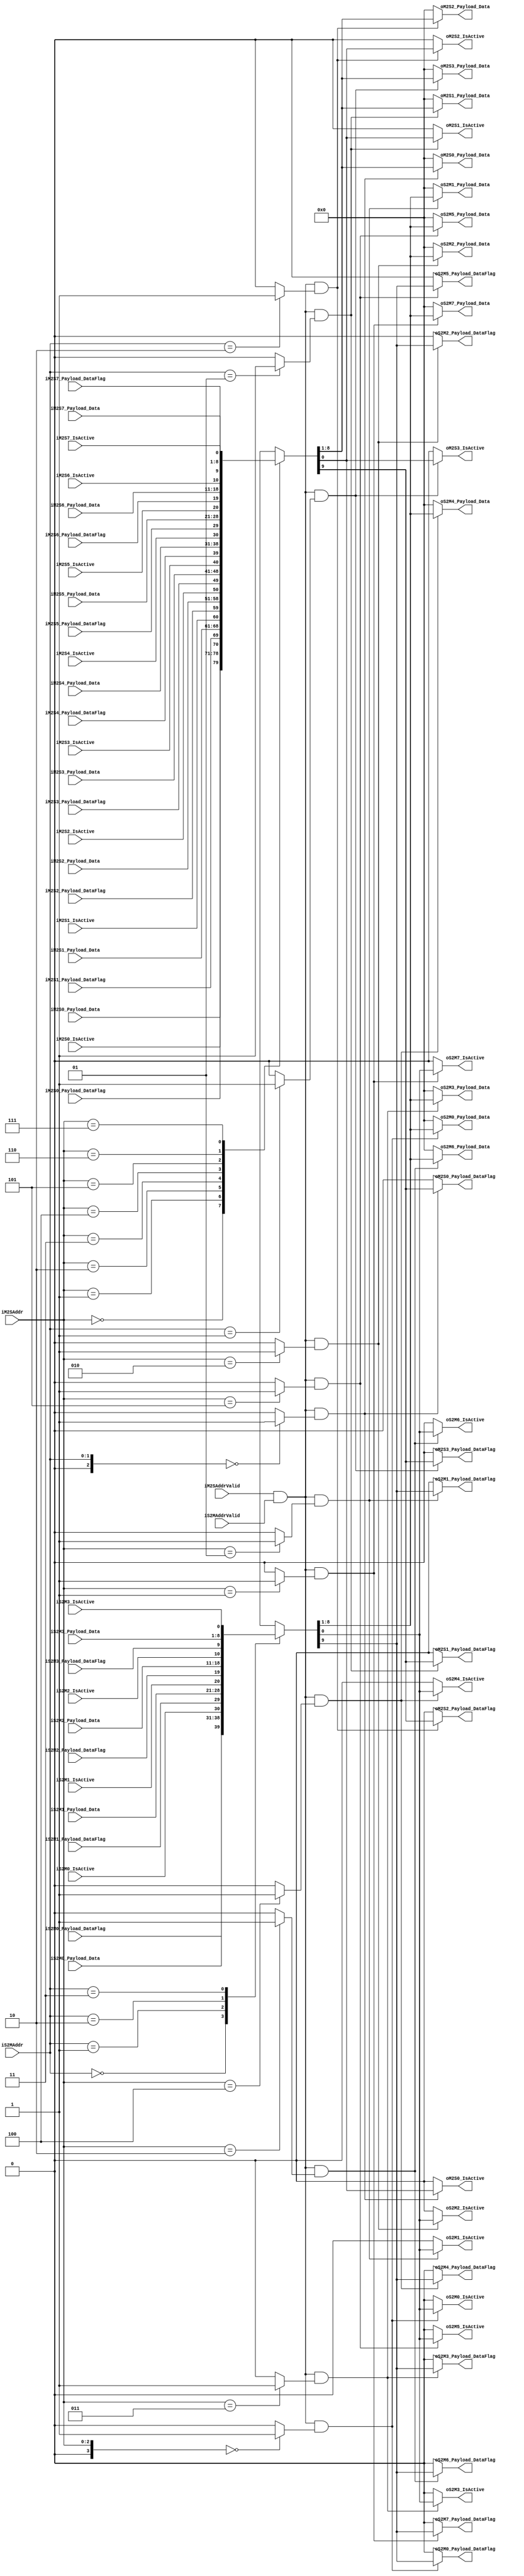
`timescale 1ns/1ps
`default_nettype none
// PLEASE READ THIS, IT MAY SAVE YOU SOME TIME AND MONEY, THANK YOU!
// * This file was generated by Quokka FPGA Toolkit.
// * Generated code is your property, do whatever you want with it
// * Place custom code between [BEGIN USER ***] and [END USER ***].
// * CAUTION: All code outside of [USER] scope is subject to regeneration.
// * Bad things happen sometimes in developer's life,
//   it is recommended to use source control management software (e.g. git, bzr etc) to keep your custom code safe'n'sound.
// * Internal structure of code is subject to change.
//   You can use some of signals in custom code, but most likely they will not exist in future (e.g. will get shorter or gone completely)
// * Please send your feedback, comments, improvement ideas etc. to evmuryshkin@gmail.com
// * Visit https://github.com/EvgenyMuryshkin/QuokkaEvaluation to access latest version of playground
//
// DISCLAIMER:
//   Code comes AS-IS, it is your responsibility to make sure it is working as expected
//   no responsibility will be taken for any loss or damage caused by use of Quokka toolkit.
//
// System configuration name is AXI2FullDuplexMuxModule_TopLevel, clock frequency is 1Hz, Top-level
// FSM summary
// -- Packages
module AXI2FullDuplexMuxModule_TopLevel
(
	// [BEGIN USER PORTS]
	// [END USER PORTS]
	input wire iM2S0_IsActive,
	input wire [7:0] iM2S0_Payload_Data,
	input wire iM2S0_Payload_DataFlag,
	input wire iM2S1_IsActive,
	input wire [7:0] iM2S1_Payload_Data,
	input wire iM2S1_Payload_DataFlag,
	input wire iM2S2_IsActive,
	input wire [7:0] iM2S2_Payload_Data,
	input wire iM2S2_Payload_DataFlag,
	input wire iM2S3_IsActive,
	input wire [7:0] iM2S3_Payload_Data,
	input wire iM2S3_Payload_DataFlag,
	input wire iM2S4_IsActive,
	input wire [7:0] iM2S4_Payload_Data,
	input wire iM2S4_Payload_DataFlag,
	input wire iM2S5_IsActive,
	input wire [7:0] iM2S5_Payload_Data,
	input wire iM2S5_Payload_DataFlag,
	input wire iM2S6_IsActive,
	input wire [7:0] iM2S6_Payload_Data,
	input wire iM2S6_Payload_DataFlag,
	input wire iM2S7_IsActive,
	input wire [7:0] iM2S7_Payload_Data,
	input wire iM2S7_Payload_DataFlag,
	input wire [2:0] iM2SAddr,
	input wire iM2SAddrValid,
	input wire iS2M0_IsActive,
	input wire [7:0] iS2M0_Payload_Data,
	input wire iS2M0_Payload_DataFlag,
	input wire iS2M1_IsActive,
	input wire [7:0] iS2M1_Payload_Data,
	input wire iS2M1_Payload_DataFlag,
	input wire iS2M2_IsActive,
	input wire [7:0] iS2M2_Payload_Data,
	input wire iS2M2_Payload_DataFlag,
	input wire iS2M3_IsActive,
	input wire [7:0] iS2M3_Payload_Data,
	input wire iS2M3_Payload_DataFlag,
	input wire [1:0] iS2MAddr,
	input wire iS2MAddrValid,
	output wire oM2S0_IsActive,
	output wire [7:0] oM2S0_Payload_Data,
	output wire oM2S0_Payload_DataFlag,
	output wire oM2S1_IsActive,
	output wire [7:0] oM2S1_Payload_Data,
	output wire oM2S1_Payload_DataFlag,
	output wire oM2S2_IsActive,
	output wire [7:0] oM2S2_Payload_Data,
	output wire oM2S2_Payload_DataFlag,
	output wire oM2S3_IsActive,
	output wire [7:0] oM2S3_Payload_Data,
	output wire oM2S3_Payload_DataFlag,
	output wire oS2M0_IsActive,
	output wire [7:0] oS2M0_Payload_Data,
	output wire oS2M0_Payload_DataFlag,
	output wire oS2M1_IsActive,
	output wire [7:0] oS2M1_Payload_Data,
	output wire oS2M1_Payload_DataFlag,
	output wire oS2M2_IsActive,
	output wire [7:0] oS2M2_Payload_Data,
	output wire oS2M2_Payload_DataFlag,
	output wire oS2M3_IsActive,
	output wire [7:0] oS2M3_Payload_Data,
	output wire oS2M3_Payload_DataFlag,
	output wire oS2M4_IsActive,
	output wire [7:0] oS2M4_Payload_Data,
	output wire oS2M4_Payload_DataFlag,
	output wire oS2M5_IsActive,
	output wire [7:0] oS2M5_Payload_Data,
	output wire oS2M5_Payload_DataFlag,
	output wire oS2M6_IsActive,
	output wire [7:0] oS2M6_Payload_Data,
	output wire oS2M6_Payload_DataFlag,
	output wire oS2M7_IsActive,
	output wire [7:0] oS2M7_Payload_Data,
	output wire oS2M7_Payload_DataFlag
);
	// [BEGIN USER SIGNALS]
	// [END USER SIGNALS]
	localparam HiSignal = 1'b1;
	localparam LoSignal = 1'b0;
	wire Zero = 1'b0;
	wire One = 1'b1;
	wire true = 1'b1;
	wire false = 1'b0;
	wire [3: 0] mCount = 4'b1000;
	wire [2: 0] sCount = 3'b100;
	wire AXILikeMuxModule_L17F32T37_Expr = 1'b0;
	wire AXILikeMuxModule_L12F28T41_Expr = 1'b0;
	wire AXILikeMuxModule_L11F32T37_Expr = 1'b0;
	wire AXILikeMuxModule_L23F32T37_Expr = 1'b0;
	wire Prefilled0 = 1'b0;
	wire Prefilled1 = 1'b1;
	wire [1: 0] Prefilled2 = 2'b10;
	wire [1: 0] Prefilled3 = 2'b11;
	wire [2: 0] Prefilled4 = 3'b100;
	wire [2: 0] Prefilled5 = 3'b101;
	wire [2: 0] Prefilled6 = 3'b110;
	wire [2: 0] Prefilled7 = 3'b111;
	wire [2: 0] Inputs_iM2SAddr;
	wire Inputs_iM2SAddrValid;
	wire [1: 0] Inputs_iS2MAddr;
	wire Inputs_iS2MAddrValid;
	wire mEmptyM2SData_IsActive;
	wire [7: 0] mEmptyM2SData_Payload_Data;
	wire mEmptyM2SData_Payload_DataFlag;
	wire mEmptyS2MData_IsActive;
	wire [7: 0] mEmptyS2MData_Payload_Data;
	wire mEmptyS2MData_Payload_DataFlag;
	wire FullDuplexMuxModule_L64F13L76T14_0_FullDuplexMuxModule_L68F21T89_Expr;
	wire FullDuplexMuxModule_L64F13L76T14_0_FullDuplexMuxModule_L68F21T89_Expr_1;
	wire FullDuplexMuxModule_L64F13L76T14_0_FullDuplexMuxModule_L68F21T89_Expr_2;
	wire FullDuplexMuxModule_L64F13L76T14_0_FullDuplexMuxModule_L68F21T65_Expr;
	wire FullDuplexMuxModule_L64F13L76T14_0_FullDuplexMuxModule_L68F21T65_Expr_1;
	wire FullDuplexMuxModule_L64F13L76T14_0_FullDuplexMuxModule_L68F21T65_Expr_2;
	wire FullDuplexMuxModule_L64F13L76T14_1_FullDuplexMuxModule_L68F21T89_Expr;
	wire FullDuplexMuxModule_L64F13L76T14_1_FullDuplexMuxModule_L68F21T89_Expr_1;
	wire FullDuplexMuxModule_L64F13L76T14_1_FullDuplexMuxModule_L68F21T89_Expr_2;
	wire FullDuplexMuxModule_L64F13L76T14_1_FullDuplexMuxModule_L68F21T65_Expr;
	wire FullDuplexMuxModule_L64F13L76T14_1_FullDuplexMuxModule_L68F21T65_Expr_1;
	wire FullDuplexMuxModule_L64F13L76T14_1_FullDuplexMuxModule_L68F21T65_Expr_2;
	wire FullDuplexMuxModule_L64F13L76T14_2_FullDuplexMuxModule_L68F21T89_Expr;
	wire FullDuplexMuxModule_L64F13L76T14_2_FullDuplexMuxModule_L68F21T89_Expr_1;
	wire FullDuplexMuxModule_L64F13L76T14_2_FullDuplexMuxModule_L68F21T89_Expr_2;
	wire FullDuplexMuxModule_L64F13L76T14_2_FullDuplexMuxModule_L68F21T65_Expr;
	wire FullDuplexMuxModule_L64F13L76T14_2_FullDuplexMuxModule_L68F21T65_Expr_1;
	wire FullDuplexMuxModule_L64F13L76T14_2_FullDuplexMuxModule_L68F21T65_Expr_2;
	wire FullDuplexMuxModule_L64F13L76T14_3_FullDuplexMuxModule_L68F21T89_Expr;
	wire FullDuplexMuxModule_L64F13L76T14_3_FullDuplexMuxModule_L68F21T89_Expr_1;
	wire FullDuplexMuxModule_L64F13L76T14_3_FullDuplexMuxModule_L68F21T89_Expr_2;
	wire FullDuplexMuxModule_L64F13L76T14_3_FullDuplexMuxModule_L68F21T65_Expr;
	wire FullDuplexMuxModule_L64F13L76T14_3_FullDuplexMuxModule_L68F21T65_Expr_1;
	wire FullDuplexMuxModule_L64F13L76T14_3_FullDuplexMuxModule_L68F21T65_Expr_2;
	wire FullDuplexMuxModule_L64F13L76T14_4_FullDuplexMuxModule_L68F21T89_Expr;
	wire FullDuplexMuxModule_L64F13L76T14_4_FullDuplexMuxModule_L68F21T89_Expr_1;
	wire FullDuplexMuxModule_L64F13L76T14_4_FullDuplexMuxModule_L68F21T89_Expr_2;
	wire FullDuplexMuxModule_L64F13L76T14_4_FullDuplexMuxModule_L68F21T65_Expr;
	wire FullDuplexMuxModule_L64F13L76T14_4_FullDuplexMuxModule_L68F21T65_Expr_1;
	wire FullDuplexMuxModule_L64F13L76T14_4_FullDuplexMuxModule_L68F21T65_Expr_2;
	wire FullDuplexMuxModule_L64F13L76T14_5_FullDuplexMuxModule_L68F21T89_Expr;
	wire FullDuplexMuxModule_L64F13L76T14_5_FullDuplexMuxModule_L68F21T89_Expr_1;
	wire FullDuplexMuxModule_L64F13L76T14_5_FullDuplexMuxModule_L68F21T89_Expr_2;
	wire FullDuplexMuxModule_L64F13L76T14_5_FullDuplexMuxModule_L68F21T65_Expr;
	wire FullDuplexMuxModule_L64F13L76T14_5_FullDuplexMuxModule_L68F21T65_Expr_1;
	wire FullDuplexMuxModule_L64F13L76T14_5_FullDuplexMuxModule_L68F21T65_Expr_2;
	wire FullDuplexMuxModule_L64F13L76T14_6_FullDuplexMuxModule_L68F21T89_Expr;
	wire FullDuplexMuxModule_L64F13L76T14_6_FullDuplexMuxModule_L68F21T89_Expr_1;
	wire FullDuplexMuxModule_L64F13L76T14_6_FullDuplexMuxModule_L68F21T89_Expr_2;
	wire FullDuplexMuxModule_L64F13L76T14_6_FullDuplexMuxModule_L68F21T65_Expr;
	wire FullDuplexMuxModule_L64F13L76T14_6_FullDuplexMuxModule_L68F21T65_Expr_1;
	wire FullDuplexMuxModule_L64F13L76T14_6_FullDuplexMuxModule_L68F21T65_Expr_2;
	wire FullDuplexMuxModule_L64F13L76T14_7_FullDuplexMuxModule_L68F21T89_Expr;
	wire FullDuplexMuxModule_L64F13L76T14_7_FullDuplexMuxModule_L68F21T89_Expr_1;
	wire FullDuplexMuxModule_L64F13L76T14_7_FullDuplexMuxModule_L68F21T89_Expr_2;
	wire FullDuplexMuxModule_L64F13L76T14_7_FullDuplexMuxModule_L68F21T65_Expr;
	wire FullDuplexMuxModule_L64F13L76T14_7_FullDuplexMuxModule_L68F21T65_Expr_1;
	wire FullDuplexMuxModule_L64F13L76T14_7_FullDuplexMuxModule_L68F21T65_Expr_2;
	wire FullDuplexMuxModule_L81F13L93T14_0_FullDuplexMuxModule_L85F21T89_Expr;
	wire FullDuplexMuxModule_L81F13L93T14_0_FullDuplexMuxModule_L85F21T89_Expr_1;
	wire FullDuplexMuxModule_L81F13L93T14_0_FullDuplexMuxModule_L85F21T89_Expr_2;
	wire FullDuplexMuxModule_L81F13L93T14_0_FullDuplexMuxModule_L85F21T65_Expr;
	wire FullDuplexMuxModule_L81F13L93T14_0_FullDuplexMuxModule_L85F21T65_Expr_1;
	wire FullDuplexMuxModule_L81F13L93T14_0_FullDuplexMuxModule_L85F21T65_Expr_2;
	wire FullDuplexMuxModule_L81F13L93T14_1_FullDuplexMuxModule_L85F21T89_Expr;
	wire FullDuplexMuxModule_L81F13L93T14_1_FullDuplexMuxModule_L85F21T89_Expr_1;
	wire FullDuplexMuxModule_L81F13L93T14_1_FullDuplexMuxModule_L85F21T89_Expr_2;
	wire FullDuplexMuxModule_L81F13L93T14_1_FullDuplexMuxModule_L85F21T65_Expr;
	wire FullDuplexMuxModule_L81F13L93T14_1_FullDuplexMuxModule_L85F21T65_Expr_1;
	wire FullDuplexMuxModule_L81F13L93T14_1_FullDuplexMuxModule_L85F21T65_Expr_2;
	wire FullDuplexMuxModule_L81F13L93T14_2_FullDuplexMuxModule_L85F21T89_Expr;
	wire FullDuplexMuxModule_L81F13L93T14_2_FullDuplexMuxModule_L85F21T89_Expr_1;
	wire FullDuplexMuxModule_L81F13L93T14_2_FullDuplexMuxModule_L85F21T89_Expr_2;
	wire FullDuplexMuxModule_L81F13L93T14_2_FullDuplexMuxModule_L85F21T65_Expr;
	wire FullDuplexMuxModule_L81F13L93T14_2_FullDuplexMuxModule_L85F21T65_Expr_1;
	wire FullDuplexMuxModule_L81F13L93T14_2_FullDuplexMuxModule_L85F21T65_Expr_2;
	wire FullDuplexMuxModule_L81F13L93T14_3_FullDuplexMuxModule_L85F21T89_Expr;
	wire FullDuplexMuxModule_L81F13L93T14_3_FullDuplexMuxModule_L85F21T89_Expr_1;
	wire FullDuplexMuxModule_L81F13L93T14_3_FullDuplexMuxModule_L85F21T89_Expr_2;
	wire FullDuplexMuxModule_L81F13L93T14_3_FullDuplexMuxModule_L85F21T65_Expr;
	wire FullDuplexMuxModule_L81F13L93T14_3_FullDuplexMuxModule_L85F21T65_Expr_1;
	wire FullDuplexMuxModule_L81F13L93T14_3_FullDuplexMuxModule_L85F21T65_Expr_2;
	wire FullDuplexMuxModule_L64F13L76T14_0_FullDuplexMuxModule_L68F69T89_Expr;
	wire signed [3: 0] FullDuplexMuxModule_L64F13L76T14_0_FullDuplexMuxModule_L68F69T89_ExprLhs;
	wire signed [3: 0] FullDuplexMuxModule_L64F13L76T14_0_FullDuplexMuxModule_L68F69T89_ExprRhs;
	wire FullDuplexMuxModule_L64F13L76T14_1_FullDuplexMuxModule_L68F69T89_Expr;
	wire signed [3: 0] FullDuplexMuxModule_L64F13L76T14_1_FullDuplexMuxModule_L68F69T89_ExprLhs;
	wire signed [3: 0] FullDuplexMuxModule_L64F13L76T14_1_FullDuplexMuxModule_L68F69T89_ExprRhs;
	wire FullDuplexMuxModule_L64F13L76T14_2_FullDuplexMuxModule_L68F69T89_Expr;
	wire signed [3: 0] FullDuplexMuxModule_L64F13L76T14_2_FullDuplexMuxModule_L68F69T89_ExprLhs;
	wire signed [3: 0] FullDuplexMuxModule_L64F13L76T14_2_FullDuplexMuxModule_L68F69T89_ExprRhs;
	wire FullDuplexMuxModule_L64F13L76T14_3_FullDuplexMuxModule_L68F69T89_Expr;
	wire signed [3: 0] FullDuplexMuxModule_L64F13L76T14_3_FullDuplexMuxModule_L68F69T89_ExprLhs;
	wire signed [3: 0] FullDuplexMuxModule_L64F13L76T14_3_FullDuplexMuxModule_L68F69T89_ExprRhs;
	wire FullDuplexMuxModule_L64F13L76T14_4_FullDuplexMuxModule_L68F69T89_Expr;
	wire signed [3: 0] FullDuplexMuxModule_L64F13L76T14_4_FullDuplexMuxModule_L68F69T89_ExprLhs;
	wire signed [3: 0] FullDuplexMuxModule_L64F13L76T14_4_FullDuplexMuxModule_L68F69T89_ExprRhs;
	wire FullDuplexMuxModule_L64F13L76T14_5_FullDuplexMuxModule_L68F69T89_Expr;
	wire signed [3: 0] FullDuplexMuxModule_L64F13L76T14_5_FullDuplexMuxModule_L68F69T89_ExprLhs;
	wire signed [3: 0] FullDuplexMuxModule_L64F13L76T14_5_FullDuplexMuxModule_L68F69T89_ExprRhs;
	wire FullDuplexMuxModule_L64F13L76T14_6_FullDuplexMuxModule_L68F69T89_Expr;
	wire signed [3: 0] FullDuplexMuxModule_L64F13L76T14_6_FullDuplexMuxModule_L68F69T89_ExprLhs;
	wire signed [3: 0] FullDuplexMuxModule_L64F13L76T14_6_FullDuplexMuxModule_L68F69T89_ExprRhs;
	wire FullDuplexMuxModule_L64F13L76T14_7_FullDuplexMuxModule_L68F69T89_Expr;
	wire signed [3: 0] FullDuplexMuxModule_L64F13L76T14_7_FullDuplexMuxModule_L68F69T89_ExprLhs;
	wire signed [3: 0] FullDuplexMuxModule_L64F13L76T14_7_FullDuplexMuxModule_L68F69T89_ExprRhs;
	wire FullDuplexMuxModule_L81F13L93T14_0_FullDuplexMuxModule_L85F69T89_Expr;
	wire signed [2: 0] FullDuplexMuxModule_L81F13L93T14_0_FullDuplexMuxModule_L85F69T89_ExprLhs;
	wire signed [2: 0] FullDuplexMuxModule_L81F13L93T14_0_FullDuplexMuxModule_L85F69T89_ExprRhs;
	wire FullDuplexMuxModule_L81F13L93T14_1_FullDuplexMuxModule_L85F69T89_Expr;
	wire signed [2: 0] FullDuplexMuxModule_L81F13L93T14_1_FullDuplexMuxModule_L85F69T89_ExprLhs;
	wire signed [2: 0] FullDuplexMuxModule_L81F13L93T14_1_FullDuplexMuxModule_L85F69T89_ExprRhs;
	wire FullDuplexMuxModule_L81F13L93T14_2_FullDuplexMuxModule_L85F69T89_Expr;
	wire signed [2: 0] FullDuplexMuxModule_L81F13L93T14_2_FullDuplexMuxModule_L85F69T89_ExprLhs;
	wire signed [2: 0] FullDuplexMuxModule_L81F13L93T14_2_FullDuplexMuxModule_L85F69T89_ExprRhs;
	wire FullDuplexMuxModule_L81F13L93T14_3_FullDuplexMuxModule_L85F69T89_Expr;
	wire signed [2: 0] FullDuplexMuxModule_L81F13L93T14_3_FullDuplexMuxModule_L85F69T89_ExprLhs;
	wire signed [2: 0] FullDuplexMuxModule_L81F13L93T14_3_FullDuplexMuxModule_L85F69T89_ExprRhs;
	wire [9 : 0] Inputs_iM2S [0 : 7];
	wire [9 : 0] Inputs_iS2M [0 : 3];
	wire [9 : 0] mInM2SData [0 : 7];
	wire [9 : 0] mInS2MData [0 : 3];
	reg [9 : 0] mOutM2SData [0 : 3];
	integer mOutM2SData_i;
	initial
	begin : Init_mOutM2SData
		for (mOutM2SData_i = 0; mOutM2SData_i < 4; mOutM2SData_i = mOutM2SData_i + 1)
			mOutM2SData[mOutM2SData_i] = 0;
	end
	reg [9 : 0] mOutS2MData [0 : 7];
	integer mOutS2MData_i;
	initial
	begin : Init_mOutS2MData
		for (mOutS2MData_i = 0; mOutS2MData_i < 8; mOutS2MData_i = mOutS2MData_i + 1)
			mOutS2MData[mOutS2MData_i] = 0;
	end
	assign FullDuplexMuxModule_L64F13L76T14_0_FullDuplexMuxModule_L68F69T89_Expr = FullDuplexMuxModule_L64F13L76T14_0_FullDuplexMuxModule_L68F69T89_ExprLhs == FullDuplexMuxModule_L64F13L76T14_0_FullDuplexMuxModule_L68F69T89_ExprRhs ? 1'b1 : 1'b0;
	assign FullDuplexMuxModule_L64F13L76T14_1_FullDuplexMuxModule_L68F69T89_Expr = FullDuplexMuxModule_L64F13L76T14_1_FullDuplexMuxModule_L68F69T89_ExprLhs == FullDuplexMuxModule_L64F13L76T14_1_FullDuplexMuxModule_L68F69T89_ExprRhs ? 1'b1 : 1'b0;
	assign FullDuplexMuxModule_L64F13L76T14_2_FullDuplexMuxModule_L68F69T89_Expr = FullDuplexMuxModule_L64F13L76T14_2_FullDuplexMuxModule_L68F69T89_ExprLhs == FullDuplexMuxModule_L64F13L76T14_2_FullDuplexMuxModule_L68F69T89_ExprRhs ? 1'b1 : 1'b0;
	assign FullDuplexMuxModule_L64F13L76T14_3_FullDuplexMuxModule_L68F69T89_Expr = FullDuplexMuxModule_L64F13L76T14_3_FullDuplexMuxModule_L68F69T89_ExprLhs == FullDuplexMuxModule_L64F13L76T14_3_FullDuplexMuxModule_L68F69T89_ExprRhs ? 1'b1 : 1'b0;
	assign FullDuplexMuxModule_L64F13L76T14_4_FullDuplexMuxModule_L68F69T89_Expr = FullDuplexMuxModule_L64F13L76T14_4_FullDuplexMuxModule_L68F69T89_ExprLhs == FullDuplexMuxModule_L64F13L76T14_4_FullDuplexMuxModule_L68F69T89_ExprRhs ? 1'b1 : 1'b0;
	assign FullDuplexMuxModule_L64F13L76T14_5_FullDuplexMuxModule_L68F69T89_Expr = FullDuplexMuxModule_L64F13L76T14_5_FullDuplexMuxModule_L68F69T89_ExprLhs == FullDuplexMuxModule_L64F13L76T14_5_FullDuplexMuxModule_L68F69T89_ExprRhs ? 1'b1 : 1'b0;
	assign FullDuplexMuxModule_L64F13L76T14_6_FullDuplexMuxModule_L68F69T89_Expr = FullDuplexMuxModule_L64F13L76T14_6_FullDuplexMuxModule_L68F69T89_ExprLhs == FullDuplexMuxModule_L64F13L76T14_6_FullDuplexMuxModule_L68F69T89_ExprRhs ? 1'b1 : 1'b0;
	assign FullDuplexMuxModule_L64F13L76T14_7_FullDuplexMuxModule_L68F69T89_Expr = FullDuplexMuxModule_L64F13L76T14_7_FullDuplexMuxModule_L68F69T89_ExprLhs == FullDuplexMuxModule_L64F13L76T14_7_FullDuplexMuxModule_L68F69T89_ExprRhs ? 1'b1 : 1'b0;
	assign FullDuplexMuxModule_L81F13L93T14_0_FullDuplexMuxModule_L85F69T89_Expr = FullDuplexMuxModule_L81F13L93T14_0_FullDuplexMuxModule_L85F69T89_ExprLhs == FullDuplexMuxModule_L81F13L93T14_0_FullDuplexMuxModule_L85F69T89_ExprRhs ? 1'b1 : 1'b0;
	assign FullDuplexMuxModule_L81F13L93T14_1_FullDuplexMuxModule_L85F69T89_Expr = FullDuplexMuxModule_L81F13L93T14_1_FullDuplexMuxModule_L85F69T89_ExprLhs == FullDuplexMuxModule_L81F13L93T14_1_FullDuplexMuxModule_L85F69T89_ExprRhs ? 1'b1 : 1'b0;
	assign FullDuplexMuxModule_L81F13L93T14_2_FullDuplexMuxModule_L85F69T89_Expr = FullDuplexMuxModule_L81F13L93T14_2_FullDuplexMuxModule_L85F69T89_ExprLhs == FullDuplexMuxModule_L81F13L93T14_2_FullDuplexMuxModule_L85F69T89_ExprRhs ? 1'b1 : 1'b0;
	assign FullDuplexMuxModule_L81F13L93T14_3_FullDuplexMuxModule_L85F69T89_Expr = FullDuplexMuxModule_L81F13L93T14_3_FullDuplexMuxModule_L85F69T89_ExprLhs == FullDuplexMuxModule_L81F13L93T14_3_FullDuplexMuxModule_L85F69T89_ExprRhs ? 1'b1 : 1'b0;
	assign FullDuplexMuxModule_L64F13L76T14_0_FullDuplexMuxModule_L68F21T89_Expr = FullDuplexMuxModule_L64F13L76T14_0_FullDuplexMuxModule_L68F21T89_Expr_1 & FullDuplexMuxModule_L64F13L76T14_0_FullDuplexMuxModule_L68F21T89_Expr_2;
	assign FullDuplexMuxModule_L64F13L76T14_0_FullDuplexMuxModule_L68F21T65_Expr = FullDuplexMuxModule_L64F13L76T14_0_FullDuplexMuxModule_L68F21T65_Expr_1 & FullDuplexMuxModule_L64F13L76T14_0_FullDuplexMuxModule_L68F21T65_Expr_2;
	assign FullDuplexMuxModule_L64F13L76T14_1_FullDuplexMuxModule_L68F21T89_Expr = FullDuplexMuxModule_L64F13L76T14_1_FullDuplexMuxModule_L68F21T89_Expr_1 & FullDuplexMuxModule_L64F13L76T14_1_FullDuplexMuxModule_L68F21T89_Expr_2;
	assign FullDuplexMuxModule_L64F13L76T14_1_FullDuplexMuxModule_L68F21T65_Expr = FullDuplexMuxModule_L64F13L76T14_1_FullDuplexMuxModule_L68F21T65_Expr_1 & FullDuplexMuxModule_L64F13L76T14_1_FullDuplexMuxModule_L68F21T65_Expr_2;
	assign FullDuplexMuxModule_L64F13L76T14_2_FullDuplexMuxModule_L68F21T89_Expr = FullDuplexMuxModule_L64F13L76T14_2_FullDuplexMuxModule_L68F21T89_Expr_1 & FullDuplexMuxModule_L64F13L76T14_2_FullDuplexMuxModule_L68F21T89_Expr_2;
	assign FullDuplexMuxModule_L64F13L76T14_2_FullDuplexMuxModule_L68F21T65_Expr = FullDuplexMuxModule_L64F13L76T14_2_FullDuplexMuxModule_L68F21T65_Expr_1 & FullDuplexMuxModule_L64F13L76T14_2_FullDuplexMuxModule_L68F21T65_Expr_2;
	assign FullDuplexMuxModule_L64F13L76T14_3_FullDuplexMuxModule_L68F21T89_Expr = FullDuplexMuxModule_L64F13L76T14_3_FullDuplexMuxModule_L68F21T89_Expr_1 & FullDuplexMuxModule_L64F13L76T14_3_FullDuplexMuxModule_L68F21T89_Expr_2;
	assign FullDuplexMuxModule_L64F13L76T14_3_FullDuplexMuxModule_L68F21T65_Expr = FullDuplexMuxModule_L64F13L76T14_3_FullDuplexMuxModule_L68F21T65_Expr_1 & FullDuplexMuxModule_L64F13L76T14_3_FullDuplexMuxModule_L68F21T65_Expr_2;
	assign FullDuplexMuxModule_L64F13L76T14_4_FullDuplexMuxModule_L68F21T89_Expr = FullDuplexMuxModule_L64F13L76T14_4_FullDuplexMuxModule_L68F21T89_Expr_1 & FullDuplexMuxModule_L64F13L76T14_4_FullDuplexMuxModule_L68F21T89_Expr_2;
	assign FullDuplexMuxModule_L64F13L76T14_4_FullDuplexMuxModule_L68F21T65_Expr = FullDuplexMuxModule_L64F13L76T14_4_FullDuplexMuxModule_L68F21T65_Expr_1 & FullDuplexMuxModule_L64F13L76T14_4_FullDuplexMuxModule_L68F21T65_Expr_2;
	assign FullDuplexMuxModule_L64F13L76T14_5_FullDuplexMuxModule_L68F21T89_Expr = FullDuplexMuxModule_L64F13L76T14_5_FullDuplexMuxModule_L68F21T89_Expr_1 & FullDuplexMuxModule_L64F13L76T14_5_FullDuplexMuxModule_L68F21T89_Expr_2;
	assign FullDuplexMuxModule_L64F13L76T14_5_FullDuplexMuxModule_L68F21T65_Expr = FullDuplexMuxModule_L64F13L76T14_5_FullDuplexMuxModule_L68F21T65_Expr_1 & FullDuplexMuxModule_L64F13L76T14_5_FullDuplexMuxModule_L68F21T65_Expr_2;
	assign FullDuplexMuxModule_L64F13L76T14_6_FullDuplexMuxModule_L68F21T89_Expr = FullDuplexMuxModule_L64F13L76T14_6_FullDuplexMuxModule_L68F21T89_Expr_1 & FullDuplexMuxModule_L64F13L76T14_6_FullDuplexMuxModule_L68F21T89_Expr_2;
	assign FullDuplexMuxModule_L64F13L76T14_6_FullDuplexMuxModule_L68F21T65_Expr = FullDuplexMuxModule_L64F13L76T14_6_FullDuplexMuxModule_L68F21T65_Expr_1 & FullDuplexMuxModule_L64F13L76T14_6_FullDuplexMuxModule_L68F21T65_Expr_2;
	assign FullDuplexMuxModule_L64F13L76T14_7_FullDuplexMuxModule_L68F21T89_Expr = FullDuplexMuxModule_L64F13L76T14_7_FullDuplexMuxModule_L68F21T89_Expr_1 & FullDuplexMuxModule_L64F13L76T14_7_FullDuplexMuxModule_L68F21T89_Expr_2;
	assign FullDuplexMuxModule_L64F13L76T14_7_FullDuplexMuxModule_L68F21T65_Expr = FullDuplexMuxModule_L64F13L76T14_7_FullDuplexMuxModule_L68F21T65_Expr_1 & FullDuplexMuxModule_L64F13L76T14_7_FullDuplexMuxModule_L68F21T65_Expr_2;
	assign FullDuplexMuxModule_L81F13L93T14_0_FullDuplexMuxModule_L85F21T89_Expr = FullDuplexMuxModule_L81F13L93T14_0_FullDuplexMuxModule_L85F21T89_Expr_1 & FullDuplexMuxModule_L81F13L93T14_0_FullDuplexMuxModule_L85F21T89_Expr_2;
	assign FullDuplexMuxModule_L81F13L93T14_0_FullDuplexMuxModule_L85F21T65_Expr = FullDuplexMuxModule_L81F13L93T14_0_FullDuplexMuxModule_L85F21T65_Expr_1 & FullDuplexMuxModule_L81F13L93T14_0_FullDuplexMuxModule_L85F21T65_Expr_2;
	assign FullDuplexMuxModule_L81F13L93T14_1_FullDuplexMuxModule_L85F21T89_Expr = FullDuplexMuxModule_L81F13L93T14_1_FullDuplexMuxModule_L85F21T89_Expr_1 & FullDuplexMuxModule_L81F13L93T14_1_FullDuplexMuxModule_L85F21T89_Expr_2;
	assign FullDuplexMuxModule_L81F13L93T14_1_FullDuplexMuxModule_L85F21T65_Expr = FullDuplexMuxModule_L81F13L93T14_1_FullDuplexMuxModule_L85F21T65_Expr_1 & FullDuplexMuxModule_L81F13L93T14_1_FullDuplexMuxModule_L85F21T65_Expr_2;
	assign FullDuplexMuxModule_L81F13L93T14_2_FullDuplexMuxModule_L85F21T89_Expr = FullDuplexMuxModule_L81F13L93T14_2_FullDuplexMuxModule_L85F21T89_Expr_1 & FullDuplexMuxModule_L81F13L93T14_2_FullDuplexMuxModule_L85F21T89_Expr_2;
	assign FullDuplexMuxModule_L81F13L93T14_2_FullDuplexMuxModule_L85F21T65_Expr = FullDuplexMuxModule_L81F13L93T14_2_FullDuplexMuxModule_L85F21T65_Expr_1 & FullDuplexMuxModule_L81F13L93T14_2_FullDuplexMuxModule_L85F21T65_Expr_2;
	assign FullDuplexMuxModule_L81F13L93T14_3_FullDuplexMuxModule_L85F21T89_Expr = FullDuplexMuxModule_L81F13L93T14_3_FullDuplexMuxModule_L85F21T89_Expr_1 & FullDuplexMuxModule_L81F13L93T14_3_FullDuplexMuxModule_L85F21T89_Expr_2;
	assign FullDuplexMuxModule_L81F13L93T14_3_FullDuplexMuxModule_L85F21T65_Expr = FullDuplexMuxModule_L81F13L93T14_3_FullDuplexMuxModule_L85F21T65_Expr_1 & FullDuplexMuxModule_L81F13L93T14_3_FullDuplexMuxModule_L85F21T65_Expr_2;
	always @ (*)
	begin
		if ((FullDuplexMuxModule_L64F13L76T14_0_FullDuplexMuxModule_L68F21T89_Expr == 1))
		begin
			mOutS2MData[0] = mInS2MData[Inputs_iS2MAddr];
		end
		else
		begin
			mOutS2MData[0][9] = mEmptyS2MData_Payload_DataFlag;
			mOutS2MData[0][8:1] = mEmptyS2MData_Payload_Data;
			mOutS2MData[0][0] = mEmptyS2MData_IsActive;
		end
	end
	always @ (*)
	begin
		if ((FullDuplexMuxModule_L64F13L76T14_1_FullDuplexMuxModule_L68F21T89_Expr == 1))
		begin
			mOutS2MData[1] = mInS2MData[Inputs_iS2MAddr];
		end
		else
		begin
			mOutS2MData[1][9] = mEmptyS2MData_Payload_DataFlag;
			mOutS2MData[1][8:1] = mEmptyS2MData_Payload_Data;
			mOutS2MData[1][0] = mEmptyS2MData_IsActive;
		end
	end
	always @ (*)
	begin
		if ((FullDuplexMuxModule_L64F13L76T14_2_FullDuplexMuxModule_L68F21T89_Expr == 1))
		begin
			mOutS2MData[2] = mInS2MData[Inputs_iS2MAddr];
		end
		else
		begin
			mOutS2MData[2][9] = mEmptyS2MData_Payload_DataFlag;
			mOutS2MData[2][8:1] = mEmptyS2MData_Payload_Data;
			mOutS2MData[2][0] = mEmptyS2MData_IsActive;
		end
	end
	always @ (*)
	begin
		if ((FullDuplexMuxModule_L64F13L76T14_3_FullDuplexMuxModule_L68F21T89_Expr == 1))
		begin
			mOutS2MData[3] = mInS2MData[Inputs_iS2MAddr];
		end
		else
		begin
			mOutS2MData[3][9] = mEmptyS2MData_Payload_DataFlag;
			mOutS2MData[3][8:1] = mEmptyS2MData_Payload_Data;
			mOutS2MData[3][0] = mEmptyS2MData_IsActive;
		end
	end
	always @ (*)
	begin
		if ((FullDuplexMuxModule_L64F13L76T14_4_FullDuplexMuxModule_L68F21T89_Expr == 1))
		begin
			mOutS2MData[4] = mInS2MData[Inputs_iS2MAddr];
		end
		else
		begin
			mOutS2MData[4][9] = mEmptyS2MData_Payload_DataFlag;
			mOutS2MData[4][8:1] = mEmptyS2MData_Payload_Data;
			mOutS2MData[4][0] = mEmptyS2MData_IsActive;
		end
	end
	always @ (*)
	begin
		if ((FullDuplexMuxModule_L64F13L76T14_5_FullDuplexMuxModule_L68F21T89_Expr == 1))
		begin
			mOutS2MData[5] = mInS2MData[Inputs_iS2MAddr];
		end
		else
		begin
			mOutS2MData[5][9] = mEmptyS2MData_Payload_DataFlag;
			mOutS2MData[5][8:1] = mEmptyS2MData_Payload_Data;
			mOutS2MData[5][0] = mEmptyS2MData_IsActive;
		end
	end
	always @ (*)
	begin
		if ((FullDuplexMuxModule_L64F13L76T14_6_FullDuplexMuxModule_L68F21T89_Expr == 1))
		begin
			mOutS2MData[6] = mInS2MData[Inputs_iS2MAddr];
		end
		else
		begin
			mOutS2MData[6][9] = mEmptyS2MData_Payload_DataFlag;
			mOutS2MData[6][8:1] = mEmptyS2MData_Payload_Data;
			mOutS2MData[6][0] = mEmptyS2MData_IsActive;
		end
	end
	always @ (*)
	begin
		if ((FullDuplexMuxModule_L64F13L76T14_7_FullDuplexMuxModule_L68F21T89_Expr == 1))
		begin
			mOutS2MData[7] = mInS2MData[Inputs_iS2MAddr];
		end
		else
		begin
			mOutS2MData[7][9] = mEmptyS2MData_Payload_DataFlag;
			mOutS2MData[7][8:1] = mEmptyS2MData_Payload_Data;
			mOutS2MData[7][0] = mEmptyS2MData_IsActive;
		end
	end
	always @ (*)
	begin
		if ((FullDuplexMuxModule_L81F13L93T14_0_FullDuplexMuxModule_L85F21T89_Expr == 1))
		begin
			mOutM2SData[0] = mInM2SData[Inputs_iM2SAddr];
		end
		else
		begin
			mOutM2SData[0][9] = mEmptyM2SData_Payload_DataFlag;
			mOutM2SData[0][8:1] = mEmptyM2SData_Payload_Data;
			mOutM2SData[0][0] = mEmptyM2SData_IsActive;
		end
	end
	always @ (*)
	begin
		if ((FullDuplexMuxModule_L81F13L93T14_1_FullDuplexMuxModule_L85F21T89_Expr == 1))
		begin
			mOutM2SData[1] = mInM2SData[Inputs_iM2SAddr];
		end
		else
		begin
			mOutM2SData[1][9] = mEmptyM2SData_Payload_DataFlag;
			mOutM2SData[1][8:1] = mEmptyM2SData_Payload_Data;
			mOutM2SData[1][0] = mEmptyM2SData_IsActive;
		end
	end
	always @ (*)
	begin
		if ((FullDuplexMuxModule_L81F13L93T14_2_FullDuplexMuxModule_L85F21T89_Expr == 1))
		begin
			mOutM2SData[2] = mInM2SData[Inputs_iM2SAddr];
		end
		else
		begin
			mOutM2SData[2][9] = mEmptyM2SData_Payload_DataFlag;
			mOutM2SData[2][8:1] = mEmptyM2SData_Payload_Data;
			mOutM2SData[2][0] = mEmptyM2SData_IsActive;
		end
	end
	always @ (*)
	begin
		if ((FullDuplexMuxModule_L81F13L93T14_3_FullDuplexMuxModule_L85F21T89_Expr == 1))
		begin
			mOutM2SData[3] = mInM2SData[Inputs_iM2SAddr];
		end
		else
		begin
			mOutM2SData[3][9] = mEmptyM2SData_Payload_DataFlag;
			mOutM2SData[3][8:1] = mEmptyM2SData_Payload_Data;
			mOutM2SData[3][0] = mEmptyM2SData_IsActive;
		end
	end
	assign FullDuplexMuxModule_L64F13L76T14_0_FullDuplexMuxModule_L68F69T89_ExprLhs = { 1'b0, Inputs_iM2SAddr };
	assign FullDuplexMuxModule_L64F13L76T14_0_FullDuplexMuxModule_L68F69T89_ExprRhs = { {3{1'b0}}, Prefilled0 };
	assign FullDuplexMuxModule_L64F13L76T14_1_FullDuplexMuxModule_L68F69T89_ExprLhs = { 1'b0, Inputs_iM2SAddr };
	assign FullDuplexMuxModule_L64F13L76T14_1_FullDuplexMuxModule_L68F69T89_ExprRhs = { {3{1'b0}}, Prefilled1 };
	assign FullDuplexMuxModule_L64F13L76T14_2_FullDuplexMuxModule_L68F69T89_ExprLhs = { 1'b0, Inputs_iM2SAddr };
	assign FullDuplexMuxModule_L64F13L76T14_2_FullDuplexMuxModule_L68F69T89_ExprRhs = { {2{1'b0}}, Prefilled2 };
	assign FullDuplexMuxModule_L64F13L76T14_3_FullDuplexMuxModule_L68F69T89_ExprLhs = { 1'b0, Inputs_iM2SAddr };
	assign FullDuplexMuxModule_L64F13L76T14_3_FullDuplexMuxModule_L68F69T89_ExprRhs = { {2{1'b0}}, Prefilled3 };
	assign FullDuplexMuxModule_L64F13L76T14_4_FullDuplexMuxModule_L68F69T89_ExprLhs = { 1'b0, Inputs_iM2SAddr };
	assign FullDuplexMuxModule_L64F13L76T14_4_FullDuplexMuxModule_L68F69T89_ExprRhs = { 1'b0, Prefilled4 };
	assign FullDuplexMuxModule_L64F13L76T14_5_FullDuplexMuxModule_L68F69T89_ExprLhs = { 1'b0, Inputs_iM2SAddr };
	assign FullDuplexMuxModule_L64F13L76T14_5_FullDuplexMuxModule_L68F69T89_ExprRhs = { 1'b0, Prefilled5 };
	assign FullDuplexMuxModule_L64F13L76T14_6_FullDuplexMuxModule_L68F69T89_ExprLhs = { 1'b0, Inputs_iM2SAddr };
	assign FullDuplexMuxModule_L64F13L76T14_6_FullDuplexMuxModule_L68F69T89_ExprRhs = { 1'b0, Prefilled6 };
	assign FullDuplexMuxModule_L64F13L76T14_7_FullDuplexMuxModule_L68F69T89_ExprLhs = { 1'b0, Inputs_iM2SAddr };
	assign FullDuplexMuxModule_L64F13L76T14_7_FullDuplexMuxModule_L68F69T89_ExprRhs = { 1'b0, Prefilled7 };
	assign FullDuplexMuxModule_L81F13L93T14_0_FullDuplexMuxModule_L85F69T89_ExprLhs = { 1'b0, Inputs_iS2MAddr };
	assign FullDuplexMuxModule_L81F13L93T14_0_FullDuplexMuxModule_L85F69T89_ExprRhs = { {2{1'b0}}, Prefilled0 };
	assign FullDuplexMuxModule_L81F13L93T14_1_FullDuplexMuxModule_L85F69T89_ExprLhs = { 1'b0, Inputs_iS2MAddr };
	assign FullDuplexMuxModule_L81F13L93T14_1_FullDuplexMuxModule_L85F69T89_ExprRhs = { {2{1'b0}}, Prefilled1 };
	assign FullDuplexMuxModule_L81F13L93T14_2_FullDuplexMuxModule_L85F69T89_ExprLhs = { 1'b0, Inputs_iS2MAddr };
	assign FullDuplexMuxModule_L81F13L93T14_2_FullDuplexMuxModule_L85F69T89_ExprRhs = { 1'b0, Prefilled2 };
	assign FullDuplexMuxModule_L81F13L93T14_3_FullDuplexMuxModule_L85F69T89_ExprLhs = { 1'b0, Inputs_iS2MAddr };
	assign FullDuplexMuxModule_L81F13L93T14_3_FullDuplexMuxModule_L85F69T89_ExprRhs = { 1'b0, Prefilled3 };
	assign FullDuplexMuxModule_L64F13L76T14_0_FullDuplexMuxModule_L68F21T89_Expr_1 = FullDuplexMuxModule_L64F13L76T14_0_FullDuplexMuxModule_L68F21T65_Expr;
	assign FullDuplexMuxModule_L64F13L76T14_0_FullDuplexMuxModule_L68F21T89_Expr_2 = FullDuplexMuxModule_L64F13L76T14_0_FullDuplexMuxModule_L68F69T89_Expr;
	assign FullDuplexMuxModule_L64F13L76T14_0_FullDuplexMuxModule_L68F21T65_Expr_1 = Inputs_iM2SAddrValid;
	assign FullDuplexMuxModule_L64F13L76T14_0_FullDuplexMuxModule_L68F21T65_Expr_2 = Inputs_iS2MAddrValid;
	assign FullDuplexMuxModule_L64F13L76T14_1_FullDuplexMuxModule_L68F21T89_Expr_1 = FullDuplexMuxModule_L64F13L76T14_1_FullDuplexMuxModule_L68F21T65_Expr;
	assign FullDuplexMuxModule_L64F13L76T14_1_FullDuplexMuxModule_L68F21T89_Expr_2 = FullDuplexMuxModule_L64F13L76T14_1_FullDuplexMuxModule_L68F69T89_Expr;
	assign FullDuplexMuxModule_L64F13L76T14_1_FullDuplexMuxModule_L68F21T65_Expr_1 = Inputs_iM2SAddrValid;
	assign FullDuplexMuxModule_L64F13L76T14_1_FullDuplexMuxModule_L68F21T65_Expr_2 = Inputs_iS2MAddrValid;
	assign FullDuplexMuxModule_L64F13L76T14_2_FullDuplexMuxModule_L68F21T89_Expr_1 = FullDuplexMuxModule_L64F13L76T14_2_FullDuplexMuxModule_L68F21T65_Expr;
	assign FullDuplexMuxModule_L64F13L76T14_2_FullDuplexMuxModule_L68F21T89_Expr_2 = FullDuplexMuxModule_L64F13L76T14_2_FullDuplexMuxModule_L68F69T89_Expr;
	assign FullDuplexMuxModule_L64F13L76T14_2_FullDuplexMuxModule_L68F21T65_Expr_1 = Inputs_iM2SAddrValid;
	assign FullDuplexMuxModule_L64F13L76T14_2_FullDuplexMuxModule_L68F21T65_Expr_2 = Inputs_iS2MAddrValid;
	assign FullDuplexMuxModule_L64F13L76T14_3_FullDuplexMuxModule_L68F21T89_Expr_1 = FullDuplexMuxModule_L64F13L76T14_3_FullDuplexMuxModule_L68F21T65_Expr;
	assign FullDuplexMuxModule_L64F13L76T14_3_FullDuplexMuxModule_L68F21T89_Expr_2 = FullDuplexMuxModule_L64F13L76T14_3_FullDuplexMuxModule_L68F69T89_Expr;
	assign FullDuplexMuxModule_L64F13L76T14_3_FullDuplexMuxModule_L68F21T65_Expr_1 = Inputs_iM2SAddrValid;
	assign FullDuplexMuxModule_L64F13L76T14_3_FullDuplexMuxModule_L68F21T65_Expr_2 = Inputs_iS2MAddrValid;
	assign FullDuplexMuxModule_L64F13L76T14_4_FullDuplexMuxModule_L68F21T89_Expr_1 = FullDuplexMuxModule_L64F13L76T14_4_FullDuplexMuxModule_L68F21T65_Expr;
	assign FullDuplexMuxModule_L64F13L76T14_4_FullDuplexMuxModule_L68F21T89_Expr_2 = FullDuplexMuxModule_L64F13L76T14_4_FullDuplexMuxModule_L68F69T89_Expr;
	assign FullDuplexMuxModule_L64F13L76T14_4_FullDuplexMuxModule_L68F21T65_Expr_1 = Inputs_iM2SAddrValid;
	assign FullDuplexMuxModule_L64F13L76T14_4_FullDuplexMuxModule_L68F21T65_Expr_2 = Inputs_iS2MAddrValid;
	assign FullDuplexMuxModule_L64F13L76T14_5_FullDuplexMuxModule_L68F21T89_Expr_1 = FullDuplexMuxModule_L64F13L76T14_5_FullDuplexMuxModule_L68F21T65_Expr;
	assign FullDuplexMuxModule_L64F13L76T14_5_FullDuplexMuxModule_L68F21T89_Expr_2 = FullDuplexMuxModule_L64F13L76T14_5_FullDuplexMuxModule_L68F69T89_Expr;
	assign FullDuplexMuxModule_L64F13L76T14_5_FullDuplexMuxModule_L68F21T65_Expr_1 = Inputs_iM2SAddrValid;
	assign FullDuplexMuxModule_L64F13L76T14_5_FullDuplexMuxModule_L68F21T65_Expr_2 = Inputs_iS2MAddrValid;
	assign FullDuplexMuxModule_L64F13L76T14_6_FullDuplexMuxModule_L68F21T89_Expr_1 = FullDuplexMuxModule_L64F13L76T14_6_FullDuplexMuxModule_L68F21T65_Expr;
	assign FullDuplexMuxModule_L64F13L76T14_6_FullDuplexMuxModule_L68F21T89_Expr_2 = FullDuplexMuxModule_L64F13L76T14_6_FullDuplexMuxModule_L68F69T89_Expr;
	assign FullDuplexMuxModule_L64F13L76T14_6_FullDuplexMuxModule_L68F21T65_Expr_1 = Inputs_iM2SAddrValid;
	assign FullDuplexMuxModule_L64F13L76T14_6_FullDuplexMuxModule_L68F21T65_Expr_2 = Inputs_iS2MAddrValid;
	assign FullDuplexMuxModule_L64F13L76T14_7_FullDuplexMuxModule_L68F21T89_Expr_1 = FullDuplexMuxModule_L64F13L76T14_7_FullDuplexMuxModule_L68F21T65_Expr;
	assign FullDuplexMuxModule_L64F13L76T14_7_FullDuplexMuxModule_L68F21T89_Expr_2 = FullDuplexMuxModule_L64F13L76T14_7_FullDuplexMuxModule_L68F69T89_Expr;
	assign FullDuplexMuxModule_L64F13L76T14_7_FullDuplexMuxModule_L68F21T65_Expr_1 = Inputs_iM2SAddrValid;
	assign FullDuplexMuxModule_L64F13L76T14_7_FullDuplexMuxModule_L68F21T65_Expr_2 = Inputs_iS2MAddrValid;
	assign FullDuplexMuxModule_L81F13L93T14_0_FullDuplexMuxModule_L85F21T89_Expr_1 = FullDuplexMuxModule_L81F13L93T14_0_FullDuplexMuxModule_L85F21T65_Expr;
	assign FullDuplexMuxModule_L81F13L93T14_0_FullDuplexMuxModule_L85F21T89_Expr_2 = FullDuplexMuxModule_L81F13L93T14_0_FullDuplexMuxModule_L85F69T89_Expr;
	assign FullDuplexMuxModule_L81F13L93T14_0_FullDuplexMuxModule_L85F21T65_Expr_1 = Inputs_iM2SAddrValid;
	assign FullDuplexMuxModule_L81F13L93T14_0_FullDuplexMuxModule_L85F21T65_Expr_2 = Inputs_iS2MAddrValid;
	assign FullDuplexMuxModule_L81F13L93T14_1_FullDuplexMuxModule_L85F21T89_Expr_1 = FullDuplexMuxModule_L81F13L93T14_1_FullDuplexMuxModule_L85F21T65_Expr;
	assign FullDuplexMuxModule_L81F13L93T14_1_FullDuplexMuxModule_L85F21T89_Expr_2 = FullDuplexMuxModule_L81F13L93T14_1_FullDuplexMuxModule_L85F69T89_Expr;
	assign FullDuplexMuxModule_L81F13L93T14_1_FullDuplexMuxModule_L85F21T65_Expr_1 = Inputs_iM2SAddrValid;
	assign FullDuplexMuxModule_L81F13L93T14_1_FullDuplexMuxModule_L85F21T65_Expr_2 = Inputs_iS2MAddrValid;
	assign FullDuplexMuxModule_L81F13L93T14_2_FullDuplexMuxModule_L85F21T89_Expr_1 = FullDuplexMuxModule_L81F13L93T14_2_FullDuplexMuxModule_L85F21T65_Expr;
	assign FullDuplexMuxModule_L81F13L93T14_2_FullDuplexMuxModule_L85F21T89_Expr_2 = FullDuplexMuxModule_L81F13L93T14_2_FullDuplexMuxModule_L85F69T89_Expr;
	assign FullDuplexMuxModule_L81F13L93T14_2_FullDuplexMuxModule_L85F21T65_Expr_1 = Inputs_iM2SAddrValid;
	assign FullDuplexMuxModule_L81F13L93T14_2_FullDuplexMuxModule_L85F21T65_Expr_2 = Inputs_iS2MAddrValid;
	assign FullDuplexMuxModule_L81F13L93T14_3_FullDuplexMuxModule_L85F21T89_Expr_1 = FullDuplexMuxModule_L81F13L93T14_3_FullDuplexMuxModule_L85F21T65_Expr;
	assign FullDuplexMuxModule_L81F13L93T14_3_FullDuplexMuxModule_L85F21T89_Expr_2 = FullDuplexMuxModule_L81F13L93T14_3_FullDuplexMuxModule_L85F69T89_Expr;
	assign FullDuplexMuxModule_L81F13L93T14_3_FullDuplexMuxModule_L85F21T65_Expr_1 = Inputs_iM2SAddrValid;
	assign FullDuplexMuxModule_L81F13L93T14_3_FullDuplexMuxModule_L85F21T65_Expr_2 = Inputs_iS2MAddrValid;
	assign Inputs_iM2S[0][9] = iM2S0_Payload_DataFlag;
	assign Inputs_iM2S[0][8:1] = iM2S0_Payload_Data;
	assign Inputs_iM2S[0][0] = iM2S0_IsActive;
	assign Inputs_iM2S[1][9] = iM2S1_Payload_DataFlag;
	assign Inputs_iM2S[1][8:1] = iM2S1_Payload_Data;
	assign Inputs_iM2S[1][0] = iM2S1_IsActive;
	assign Inputs_iM2S[2][9] = iM2S2_Payload_DataFlag;
	assign Inputs_iM2S[2][8:1] = iM2S2_Payload_Data;
	assign Inputs_iM2S[2][0] = iM2S2_IsActive;
	assign Inputs_iM2S[3][9] = iM2S3_Payload_DataFlag;
	assign Inputs_iM2S[3][8:1] = iM2S3_Payload_Data;
	assign Inputs_iM2S[3][0] = iM2S3_IsActive;
	assign Inputs_iM2S[4][9] = iM2S4_Payload_DataFlag;
	assign Inputs_iM2S[4][8:1] = iM2S4_Payload_Data;
	assign Inputs_iM2S[4][0] = iM2S4_IsActive;
	assign Inputs_iM2S[5][9] = iM2S5_Payload_DataFlag;
	assign Inputs_iM2S[5][8:1] = iM2S5_Payload_Data;
	assign Inputs_iM2S[5][0] = iM2S5_IsActive;
	assign Inputs_iM2S[6][9] = iM2S6_Payload_DataFlag;
	assign Inputs_iM2S[6][8:1] = iM2S6_Payload_Data;
	assign Inputs_iM2S[6][0] = iM2S6_IsActive;
	assign Inputs_iM2S[7][9] = iM2S7_Payload_DataFlag;
	assign Inputs_iM2S[7][8:1] = iM2S7_Payload_Data;
	assign Inputs_iM2S[7][0] = iM2S7_IsActive;
	assign Inputs_iM2SAddr = iM2SAddr;
	assign Inputs_iM2SAddrValid = iM2SAddrValid;
	assign Inputs_iS2M[0][9] = iS2M0_Payload_DataFlag;
	assign Inputs_iS2M[0][8:1] = iS2M0_Payload_Data;
	assign Inputs_iS2M[0][0] = iS2M0_IsActive;
	assign Inputs_iS2M[1][9] = iS2M1_Payload_DataFlag;
	assign Inputs_iS2M[1][8:1] = iS2M1_Payload_Data;
	assign Inputs_iS2M[1][0] = iS2M1_IsActive;
	assign Inputs_iS2M[2][9] = iS2M2_Payload_DataFlag;
	assign Inputs_iS2M[2][8:1] = iS2M2_Payload_Data;
	assign Inputs_iS2M[2][0] = iS2M2_IsActive;
	assign Inputs_iS2M[3][9] = iS2M3_Payload_DataFlag;
	assign Inputs_iS2M[3][8:1] = iS2M3_Payload_Data;
	assign Inputs_iS2M[3][0] = iS2M3_IsActive;
	assign Inputs_iS2MAddr = iS2MAddr;
	assign Inputs_iS2MAddrValid = iS2MAddrValid;
	assign mEmptyM2SData_IsActive = AXILikeMuxModule_L17F32T37_Expr;
	assign mEmptyM2SData_Payload_Data = { {7{1'b0}}, AXILikeMuxModule_L12F28T41_Expr };
	assign mEmptyM2SData_Payload_DataFlag = AXILikeMuxModule_L11F32T37_Expr;
	assign mEmptyS2MData_IsActive = AXILikeMuxModule_L23F32T37_Expr;
	assign mEmptyS2MData_Payload_Data = { {7{1'b0}}, AXILikeMuxModule_L12F28T41_Expr };
	assign mEmptyS2MData_Payload_DataFlag = AXILikeMuxModule_L11F32T37_Expr;
	assign mInM2SData[0] = Inputs_iM2S[0];
	assign mInM2SData[1] = Inputs_iM2S[1];
	assign mInM2SData[2] = Inputs_iM2S[2];
	assign mInM2SData[3] = Inputs_iM2S[3];
	assign mInM2SData[4] = Inputs_iM2S[4];
	assign mInM2SData[5] = Inputs_iM2S[5];
	assign mInM2SData[6] = Inputs_iM2S[6];
	assign mInM2SData[7] = Inputs_iM2S[7];
	assign mInS2MData[0] = Inputs_iS2M[0];
	assign mInS2MData[1] = Inputs_iS2M[1];
	assign mInS2MData[2] = Inputs_iS2M[2];
	assign mInS2MData[3] = Inputs_iS2M[3];
	assign oM2S0_Payload_DataFlag = mOutM2SData[0][9];
	assign oM2S0_Payload_Data = mOutM2SData[0][8:1];
	assign oM2S0_IsActive = mOutM2SData[0][0];
	assign oM2S1_Payload_DataFlag = mOutM2SData[1][9];
	assign oM2S1_Payload_Data = mOutM2SData[1][8:1];
	assign oM2S1_IsActive = mOutM2SData[1][0];
	assign oM2S2_Payload_DataFlag = mOutM2SData[2][9];
	assign oM2S2_Payload_Data = mOutM2SData[2][8:1];
	assign oM2S2_IsActive = mOutM2SData[2][0];
	assign oM2S3_Payload_DataFlag = mOutM2SData[3][9];
	assign oM2S3_Payload_Data = mOutM2SData[3][8:1];
	assign oM2S3_IsActive = mOutM2SData[3][0];
	assign oS2M0_Payload_DataFlag = mOutS2MData[0][9];
	assign oS2M0_Payload_Data = mOutS2MData[0][8:1];
	assign oS2M0_IsActive = mOutS2MData[0][0];
	assign oS2M1_Payload_DataFlag = mOutS2MData[1][9];
	assign oS2M1_Payload_Data = mOutS2MData[1][8:1];
	assign oS2M1_IsActive = mOutS2MData[1][0];
	assign oS2M2_Payload_DataFlag = mOutS2MData[2][9];
	assign oS2M2_Payload_Data = mOutS2MData[2][8:1];
	assign oS2M2_IsActive = mOutS2MData[2][0];
	assign oS2M3_Payload_DataFlag = mOutS2MData[3][9];
	assign oS2M3_Payload_Data = mOutS2MData[3][8:1];
	assign oS2M3_IsActive = mOutS2MData[3][0];
	assign oS2M4_Payload_DataFlag = mOutS2MData[4][9];
	assign oS2M4_Payload_Data = mOutS2MData[4][8:1];
	assign oS2M4_IsActive = mOutS2MData[4][0];
	assign oS2M5_Payload_DataFlag = mOutS2MData[5][9];
	assign oS2M5_Payload_Data = mOutS2MData[5][8:1];
	assign oS2M5_IsActive = mOutS2MData[5][0];
	assign oS2M6_Payload_DataFlag = mOutS2MData[6][9];
	assign oS2M6_Payload_Data = mOutS2MData[6][8:1];
	assign oS2M6_IsActive = mOutS2MData[6][0];
	assign oS2M7_Payload_DataFlag = mOutS2MData[7][9];
	assign oS2M7_Payload_Data = mOutS2MData[7][8:1];
	assign oS2M7_IsActive = mOutS2MData[7][0];
	// [BEGIN USER ARCHITECTURE]
	// [END USER ARCHITECTURE]
endmodule